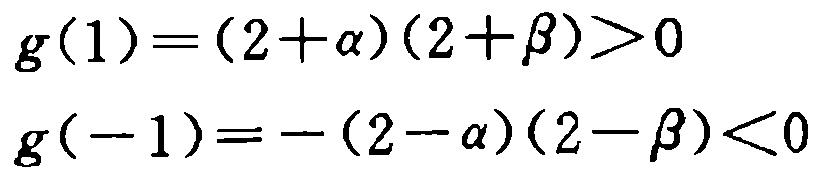
\[
\begin{align*}
g(1)&=(2 + \alpha)(2 + \beta)>0\\
g(-1)&=-(2 - \alpha)(2 - \beta)<0
\end{align*}
\]